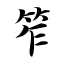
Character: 笮